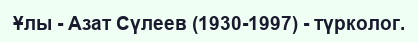
Ұлы - Азат Сүлеев (1930-1997) - түрколог.